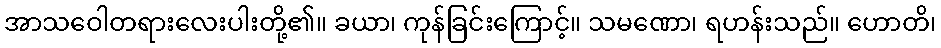
အာသဝေါတရားလေးပါးတို့၏။ ခယာ၊ ကုန်ခြင်းကြောင့်။ သမဏော၊ ရဟန်းသည်။ ဟောတိ၊